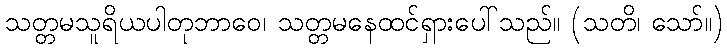
သတ္တမသူရိယပါတုဘာဝေ၊ သတ္တမနေထင်ရှားပေါ်သည်။ (သတိ၊ သော်။)